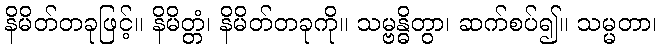
နိမိတ်တခုဖြင့်။ နိမိတ္တံ၊ နိမိတ်တခုကို။ သမ္ဗန္ဓိတွာ၊ ဆက်စပ်၍။ သမ္မတာ၊